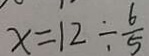
x = 1 2 \div \frac { 6 } { 5 }